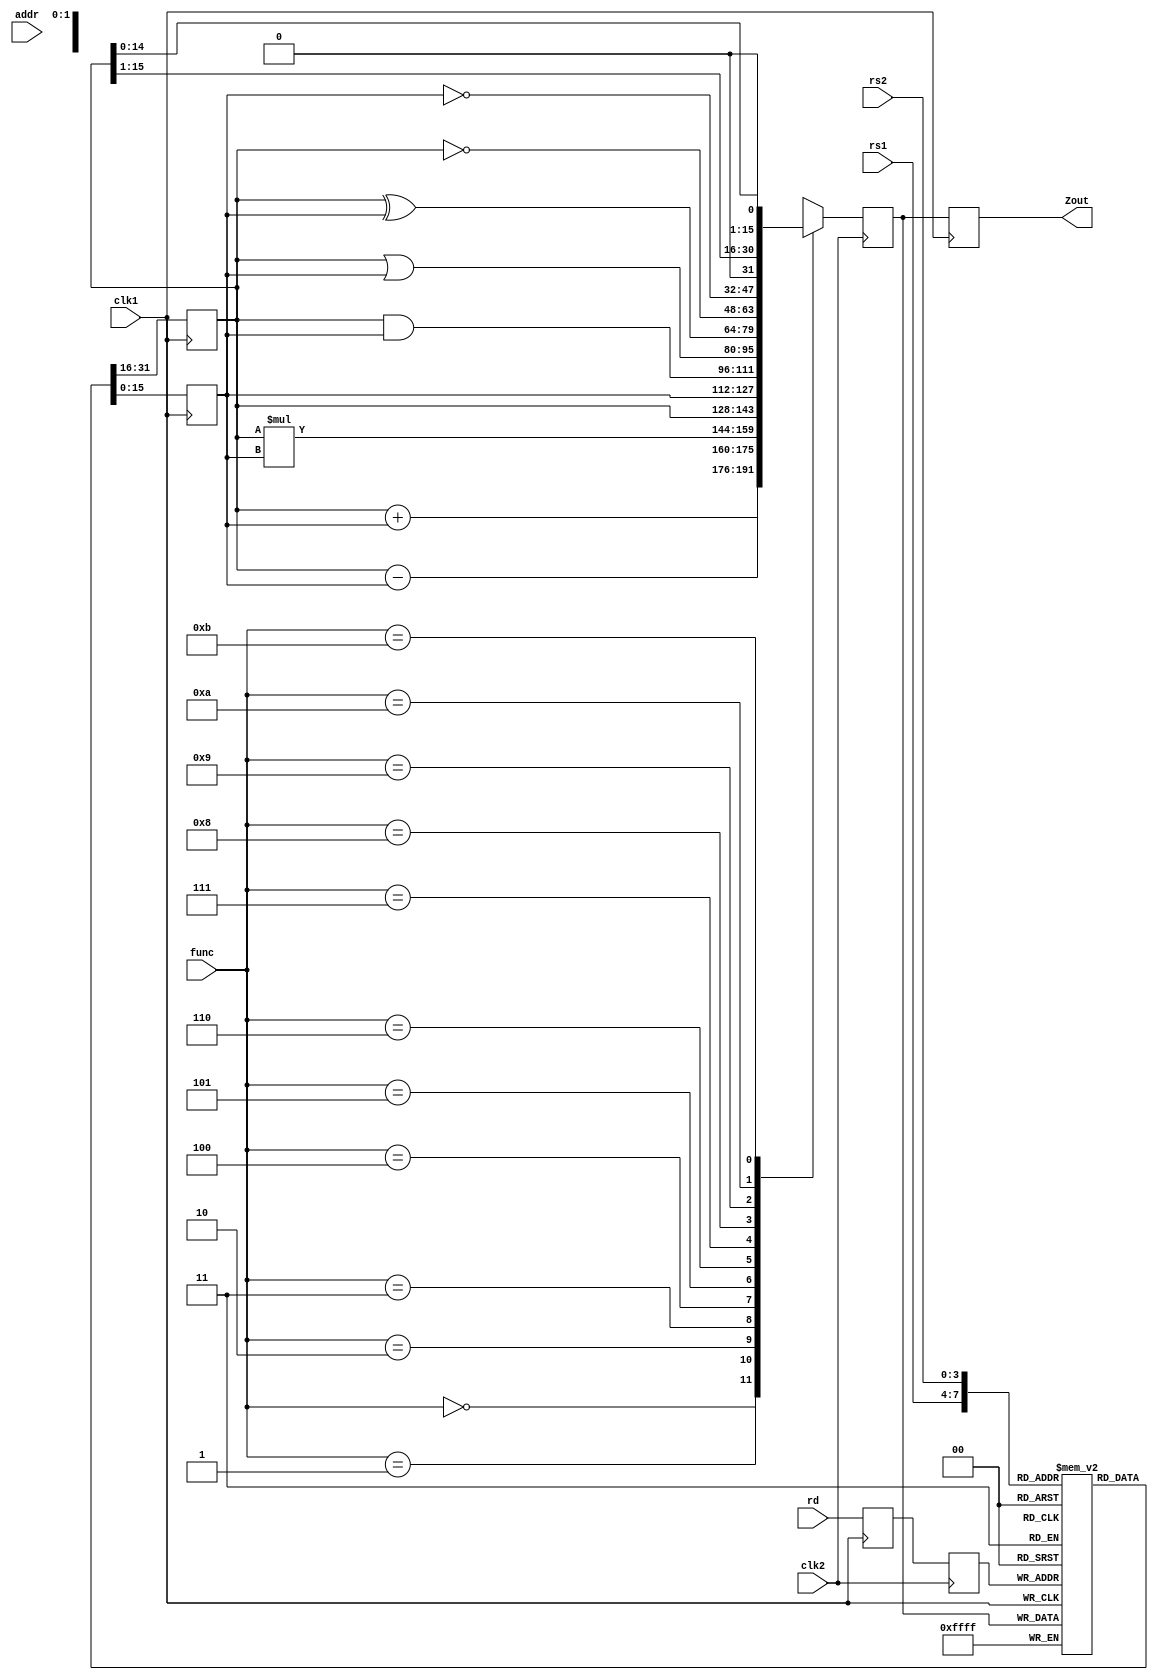
// 4 stage pipeline with inputs - 3 register addresses (rs1,rs2,rd), ALU function (func), memory address (addr)
// Stage 1: read two 16 bit numbers from registers specified by rs1 and rs2 and store them in A and B
// Stage 2: Perform an ALU op on A and B specified by func and store in Z.
// Stage 3: write value of Z in reg specified by rd
// Stage 4: also write value of z in mem location 'addr'

module pipeline_ex2(Zout,rs1,rs2,rd,func,addr,clk1,clk2);
input [3:0] rs1,rs2,rd,func; // 4 bit select for 16 16bit registers and 4 bit function for ALU 
input [7:0] addr;            // 8 bit address for 256 memory locations 
input clk1,clk2;             // two phase clock. Used on consecutive stages so as to avoid race condition and ensure stable output at each stage. 
output [15:0] Zout;         //  Output from stage 3 latch L34_Z is assigned to Zout. 

reg [15:0] L12_A, L12_B, L23_Z, L34_Z;  // 16 bit registers to store the intermediate values . Z is forwaded so it can be used in stage 4
reg [3:0] L12_rd, L12_func, L23_rd;     // 4 bit select for register destination which is forwarded till stage 3, ALU function. 
reg [7:0] L12_addr, L23_addr, L34_addr; // 8 bit memory address is forwarded till stage 4.

reg [15:0] regbank [0:15]; // 16 16bit register bank
reg [15:0] mem [0:255];    // 256 16 bit memory locations.

assign Zout = L34_Z;       // Output wire is assigned the output for the 3rd stage latch. 

always @ (posedge clk1)     // ** STAGE 1** 
    begin
        L12_A <= #2 regbank[rs1];          // read A from register bank
        L12_B <= #2 regbank[rs2];          // read B from register bank
       L12_rd <=    rd;                    // forward rd (register write destination)
     L12_addr <=    addr;                  // forward addr (memory write destination)
    end

always @(negedge clk2)      // ** STAGE 2**
    begin
     case (func)
        0: L23_Z <= #2 L12_A + L12_B;   // add
        1: L23_Z <= #2 L12_A - L12_B;   // sub
        2: L23_Z <= #2 L12_A * L12_B;   // mul  
        3: L23_Z <= #2 L12_A;           // select a
        4: L23_Z <= #2 L12_B;           // select b
        5: L23_Z <= #2 L12_A & L12_B;   // and
        6: L23_Z <= #2 L12_A | L12_B;   // or
        7: L23_Z <= #2 L12_A ^ L12_B;   // xor
        8: L23_Z <= #2 ~ L12_A;         // not a
        9: L23_Z <= #2 ~ L12_B;         // not b
       10: L23_Z <= #2 L12_A >> 1;      // right shift
       11: L23_Z <= #2 L12_A << 1;      // left shift
       default: L23_Z <= #2 16'hx;      
     endcase
        L23_rd <= #2 L12_rd;            // forward to stage 3
        L23_addr <= #2 L12_addr;        // forward to stage 3
    end

always @ (posedge clk1)        // ** STAGE 3**
begin
    regbank[L23_rd] <= #2 L23_Z;        // write to register bank from forwaded value 
    L34_addr <= #2 L23_addr;            // forward memory address
    L34_Z <= L23_Z;                     // forward alu output to be written to memory and to be written to output wire Zout
end

always @ (negedge clk2)     // ** STAGE 4 ** 
begin
    mem[L34_addr] <= #2 L34_Z;    // write alu output to location pointed to by the memory address that is forwaded 
end

endmodule